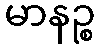
မာနဉ္စ